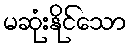
မဆုံးနိုင်သော